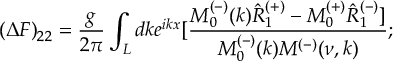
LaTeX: ( \Delta F ) _ { 2 2 } = \frac { g } { 2 \pi } \int _ { L } d k e ^ { i k x } [ \frac { M _ { 0 } ^ { ( - ) } ( k ) \hat { R } _ { 1 } ^ { ( + ) } - M _ { 0 } ^ { ( + ) } \hat { R } _ { 1 } ^ { ( - ) } ] } { M _ { 0 } ^ { ( - ) } ( k ) M ^ { ( - ) } ( \nu , k ) } ;